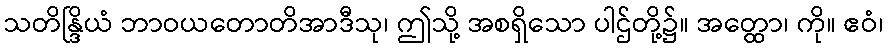
သတိန္ဒြိယံ ဘာဝယတောတိအာဒီသု၊ ဤသို့ အစရှိသော ပါဌ်တို့၌။ အတ္ထော၊ ကို။ ဧဝံ၊